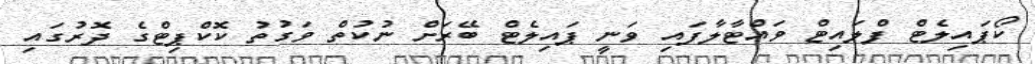
ކޯޕައިލެޓް ފްލައިޓް ވައްޓާލާފައި ވަނީ ޕައިލެޓް ބޭރަށް ނުކުތް ވަގުތު ކޮކްޕިޓްގެ ދޮރުގައި